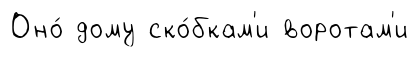
Оно́ дому ско́бкам'и воротам'и